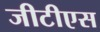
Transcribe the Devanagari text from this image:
जीटीएस